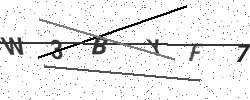
Text: W3BYF7